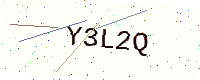
Text: Y3L2Q